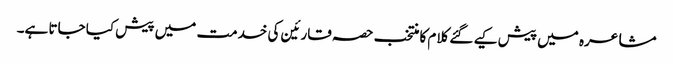
مشاعرہ میں پیش کیے گئے کلام کا منتخب حصہ قارئین کی خدمت میں پیش کیا جاتا ہے۔